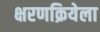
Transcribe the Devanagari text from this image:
क्षरणक्रियेला